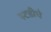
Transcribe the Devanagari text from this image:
स्टडीचे